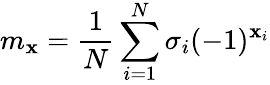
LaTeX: m_{\mathbf{x}}=\frac{{1}}{{N}}\sum_{i=1}^{N}\sigma_{i}(-1)^{\mathbf{x}_{i}}